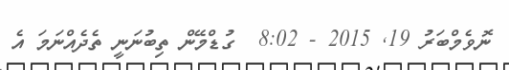
ނޮވެމްބަރު 19